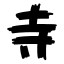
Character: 寺